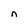
Character: n